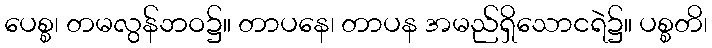
ပေစ္စ၊ တမလွန်ဘဝ၌။ တာပနေ၊ တာပန အမည်ရှိသောငရဲ၌။ ပစ္စတိ၊